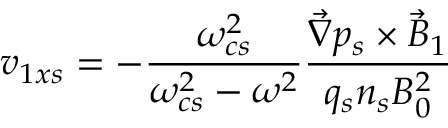
v _ { 1 x s } = - \frac { \omega _ { c s } ^ { 2 } } { \omega _ { c s } ^ { 2 } - \omega ^ { 2 } } \frac { \vec { \nabla } p _ { s } \times \vec { B } _ { 1 } } { q _ { s } n _ { s } B _ { 0 } ^ { 2 } }